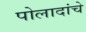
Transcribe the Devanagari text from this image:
पोलादांचे